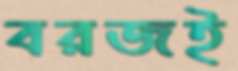
বরজই